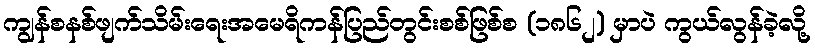
ကျွန်စနစ်ဖျက်သိမ်းရေးအမေရိကန်ပြည်တွင်းစစ်ဖြစ်စ (၁၈၆၂) မှာပဲ ကွယ်လွန်ခဲ့လို့